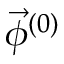
\vec { \phi } ^ { ( 0 ) }